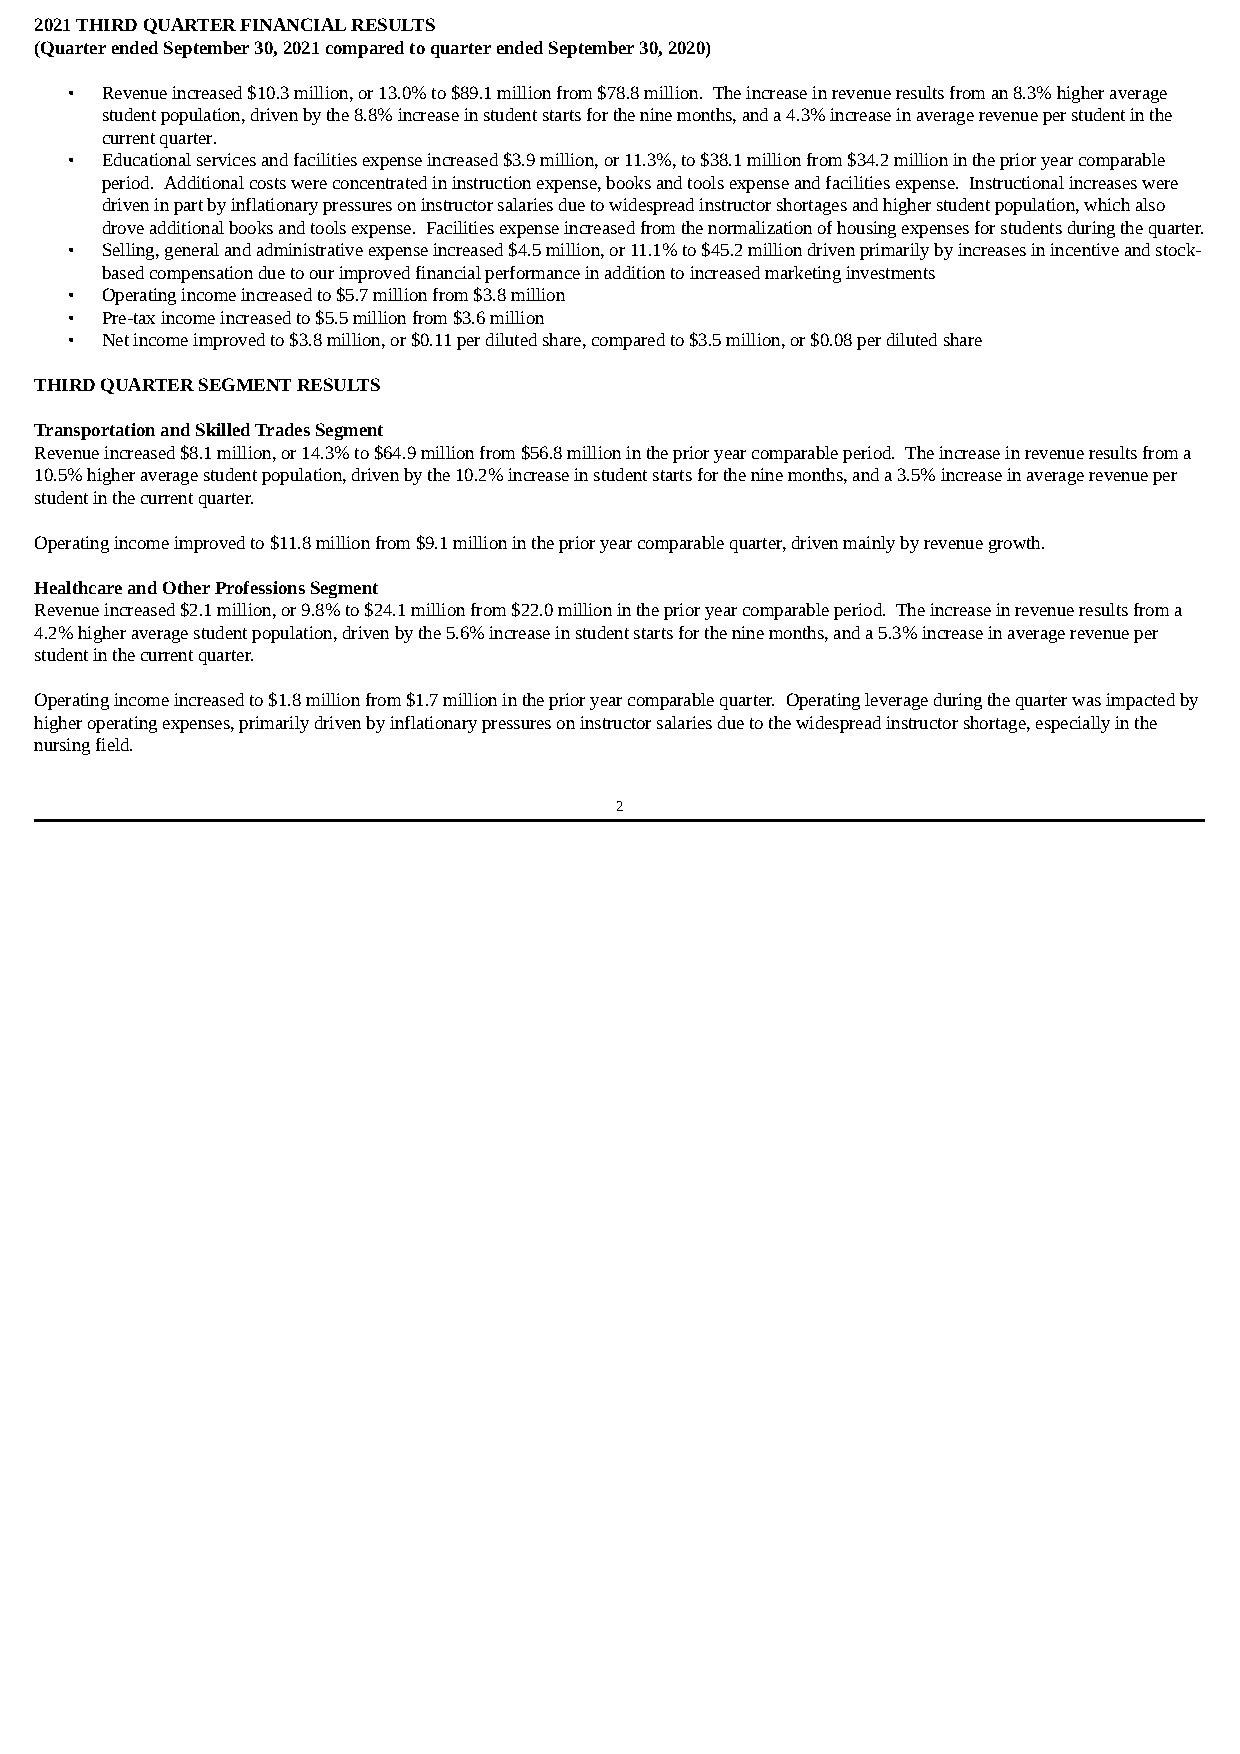
2021 THIRD QUARTER FINANCIAL RESULTS
 (Quarter ended September 30, 2021 compared to quarter ended September 30, 2020)
 •  Revenue increased $10.3 million, or 13.0% to $89.1 million from $78.8 million. The increase in revenue results from an 8.3% higher average
 student population, driven by the 8.8% increase in student starts for the nine months, and a 4.3% increase in average revenue per student in the
 current quarter.
 •  Educational services and facilities expense increased $3.9 million, or 11.3%, to $38.1 million from $34.2 million in the prior year comparable
 period. Additional costs were concentrated in instruction expense, books and tools expense and facilities expense. Instructional increases were
 driven in part by inflationary pressures on instructor salaries due to widespread instructor shortages and higher student population, which also
 drove additional books and tools expense. Facilities expense increased from the normalization of housing expenses for students during the quarter.
 •  Selling, general and administrative expense increased $4.5 million, or 11.1% to $45.2 million driven primarily by increases in incentive and stock-
 based compensation due to our improved financial performance in addition to increased marketing investments
 •  Operating income increased to $5.7 million from $3.8 million
 •  Pre-tax income increased to $5.5 million from $3.6 million
 •  Net income improved to $3.8 million, or $0.11 per diluted share, compared to $3.5 million, or $0.08 per diluted share
 THIRD QUARTER SEGMENT RESULTS
 Transportation and Skilled Trades Segment
 Revenue increased $8.1 million, or 14.3% to $64.9 million from $56.8 million in the prior year comparable period. The increase in revenue results from a
 10.5% higher average student population, driven by the 10.2% increase in student starts for the nine months, and a 3.5% increase in average revenue per
 student in the current quarter.
 Operating income improved to $11.8 million from $9.1 million in the prior year comparable quarter, driven mainly by revenue growth.
 Healthcare and Other Professions Segment
 Revenue increased $2.1 million, or 9.8% to $24.1 million from $22.0 million in the prior year comparable period. The increase in revenue results from a
 4.2% higher average student population, driven by the 5.6% increase in student starts for the nine months, and a 5.3% increase in average revenue per
 student in the current quarter.
 Operating income increased to $1.8 million from $1.7 million in the prior year comparable quarter. Operating leverage during the quarter was impacted by
 higher operating expenses, primarily driven by inflationary pressures on instructor salaries due to the widespread instructor shortage, especially in the
 nursing field.
 2